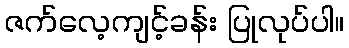
ဇက်လေ့ကျင့်ခန်း ပြုလုပ်ပါ။